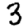
Digit: 3